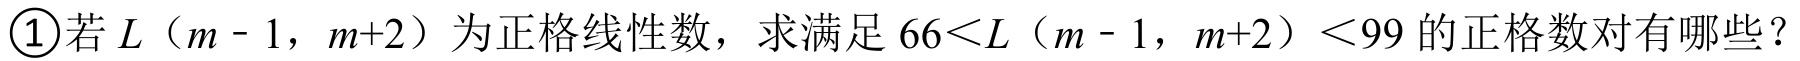
\textcircled{1}若\(L\)（\(m - 1\)，\(m + 2\)）为正格线性数，求满足\(66<L\)（\(m - 1\)，\(m + 2\)）\(<99\)的正格数对有哪些？